Civil Veterinary Department. United Provinces 1923-31 - 1923-1931
Year: 1923
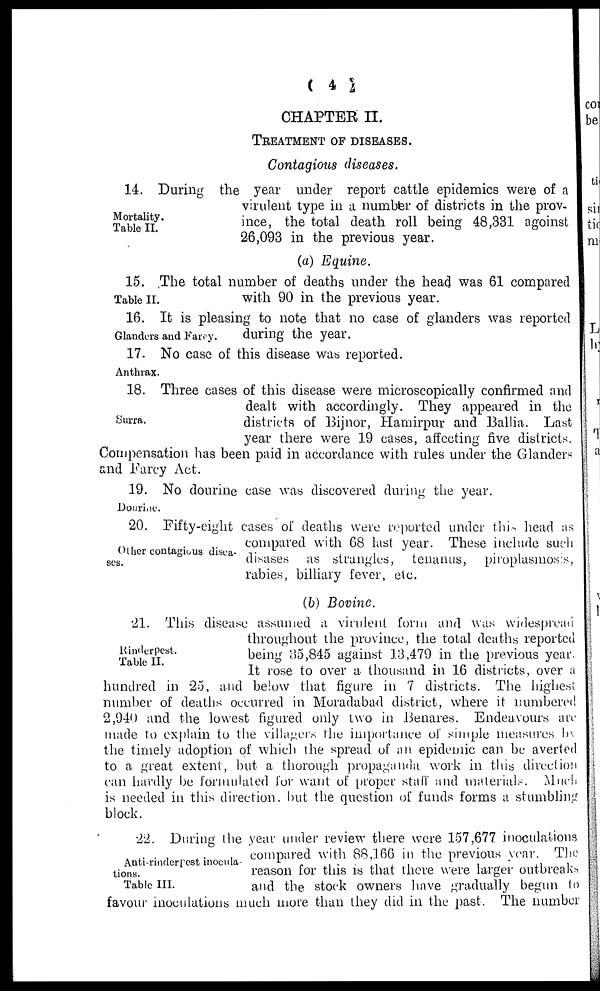
(4)
CHAPTER II.
TREATMENT OF DISEASES.
Contagious diseases.
Mortality.
Table II.
14. During the year under report cattle epidemics were of a
virulent type in a number of districts in the prov-
ince, the total death roll being 48,331 agoinst
26,093 in the previous year.
(a) Equine.
Table II.
15. The total number of deaths under the head was 61 compared
with 90 in the previous year.
Glanders and Farcy.
16. It is pleasing to note that no case of glanders was reported
during the year.
Anthrax.
17. No case of this disease was reported.
Surra.
18. Three cases of this disease were microscopically confirmed and
dealt with accordingly. They appeared in the
districts of Bijnor, Hamirpur and Ballia. Last
year there were 19 cases, affecting five districts.
Compensation has been paid in accordance with rules under the Glanders
and Farcy Act.
Dourine.
19. No dourine case was discovered during the year.
Other contagious disca-
ses.
20. Fifty-eight cases of deaths were reported under this head as
compared with G8 last year. These include such
disases as strangles, tenanus, pitoplasmosis,
rabies, Miliary fever, etc.
(b) Bovine.
Rinderpest.
Table II.
21. This disease assumed a virulent form and was widespread
throughout the province, the total deaths reported
being 35,845 against 13,479 in the previous year.
It rose to over a thousand in 16 districts, over a
hundred in 25, and below that figure in 7 districts. The highest
number of deaths occurred in Moradabad district, where it numbered
2,940 and the lowest figured only two in Benares. Endeavours arc
made to explain to the villagers the importance of simple measures by
the timely adoption of which the spread of an epidemic can be averted
to a great extent, but a thorough propaganda work in this direction
can hardly be formulated for want of proper staff and materials. Much
is needed in this direction, hut the question of funds forms a stumbling
block.
Anti-rinderpest inocula-
tions.
Table III.
22. During the year under review there were 157,677 inoculations
compared with 88,166 in the previous year. The
reason for this is that there were larger outbreaks
and the stock owners have gradually begun to
favour inoculations much more than they did in the past. The number